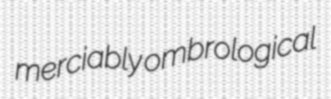
merciably ombrological